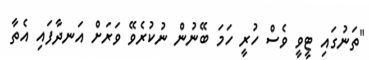
"ތަނުގައި ޓީވީ ވެސް ހުރީ ހަމަ ބޭނުން ނުކުރެވޭ ވަރަށް އަނދާފައި އެތާ